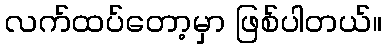
လက်ထပ်တော့မှာ ဖြစ်ပါတယ်။